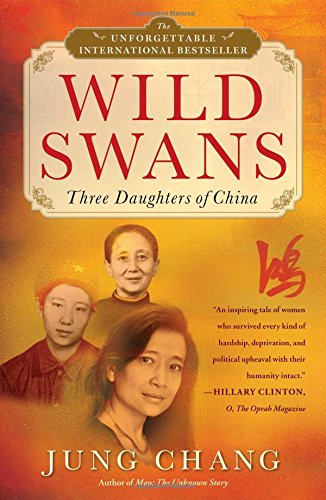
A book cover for Wild Swans: Three Daughters of China; Jung Chang; Biographies & Memoirs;